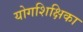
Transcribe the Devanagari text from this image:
योगशिक्षिका